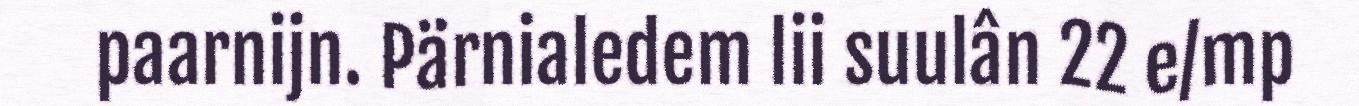
paarnijn. Pärnialedem lii suulân 22 e/mp